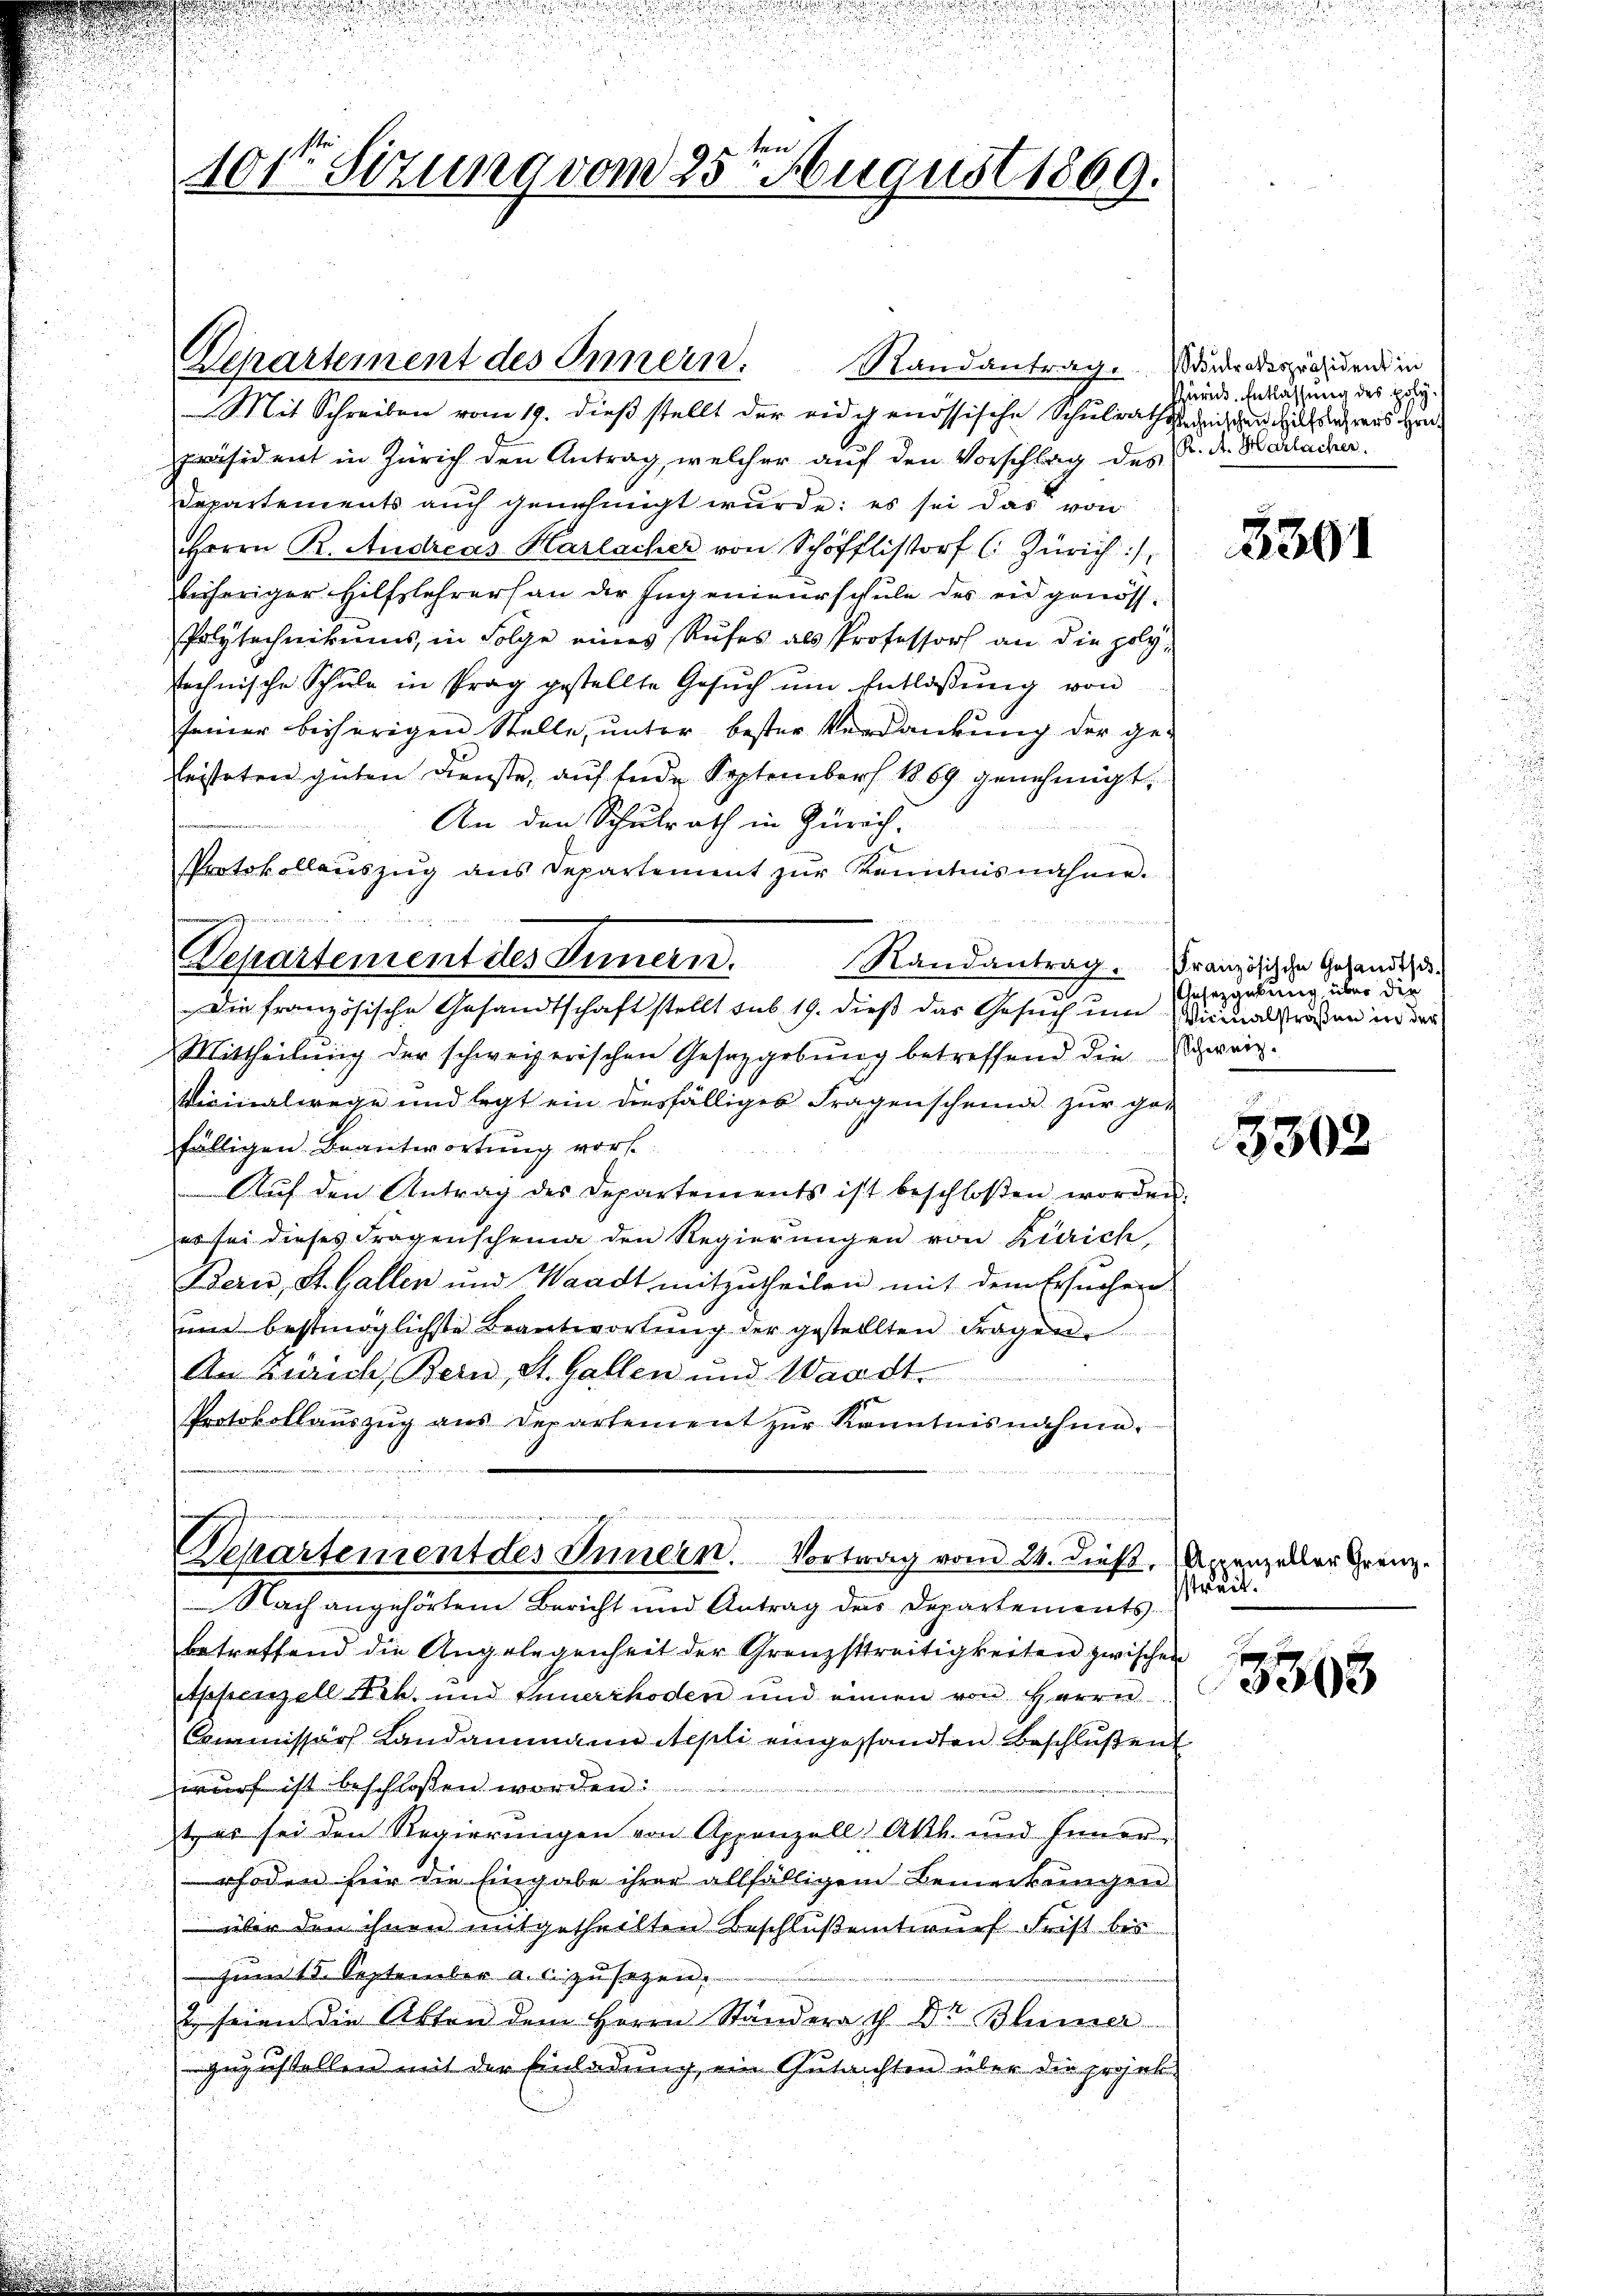
101te Sitzung vom 25ten August 1869.

Bepartement des Innern.

anmnahlen dem war
Separtement des Innern. Vortrag vom 24. dieß, Appenzeller Grenz.
Nach angehörtem Bericht und Antrag der Departements

Randantrag. Widrodespräsident in
Mit Schreiben vom 19. dieß stellt der eidgenössische Schulrath seischen Hilfahrens Hrn.
Präsident in Zürich den Antrag, welcher auf den Vorschlag des K. dr. Bachacher
Departements auch genehmigt wurde; es sei das von
Herrn R. Andreas Harlacher von Schöfflistor C. Zürich :/
bisheriger Hilfslehrers an der Ingenieurschule des eidgenöss¬
Polytechnikums, in Folge eines Rufes als Professors an die polytechnische Schŭle in Prag gestellte Gesŭch ŭm Entlassŭng von
seiner beherigen Stelle, unter bester Verdankung der ge-
Leisteten guten Dienste, auf Ende September 1869 genehmigt.
An den Schulrath in Zürich.
Protokollauszug aus Departement zur Kenntnis nähme.
z

Mepartement des Innern. Randantrag. Französische Gesandtsc
f
Die französische Gesandtschaft stellt sub 19. dieß das Gesuch um Vicinalstraßen in der
Mittheilŭng der schweizerischen Gesetzgebŭng betreffend die schweiz.
Vicinalwege und legt ein diesfälliges Fragenscheine zur gefälligen Beantwortung vor
Aŭf den Antrag des Departements ist beschloßen worden.
es sei dieses Fragenscheina den Regierungen von Zürich,
Bern, St. Gallen und Waadt mitzutheilen mit dem Ersuchen
ŭm bestmöglichste Beantwortŭng der gestellten Fragen.
An Zürich, Bern, St. Gallen und Waadt.
 hier in eine gegen
Protokollaŭszŭg aŭs Departement zŭr Kenntnisnahme.

Zurück. Entlassung des poly

betreffend die Angelegenheit der Grenzstreitigkeiten zwischen
Appenzell Frk. und Innerrhoden und einen von Herrn
Commissärs Landammann Nepli eingesandten Beschlußen
wurf ist beschlossen worden.
 es sei den Regierungen von Appenzell Akth. und Inner-
rhoden für die Eingabe ihrer allfälligem Bemerkungen
über den ihnen mitgetheilten Beschlußentwurf Frist bis
zum 13. September a. s. zu sezen.
2 seien die Akten dem Herrn Ständerath Dr Blümer
gezustellen mit der Einladung ein Gutachten über die projek¬

3301

Gesetzgebung über die

3302

sstreit.
3303